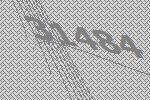
31484